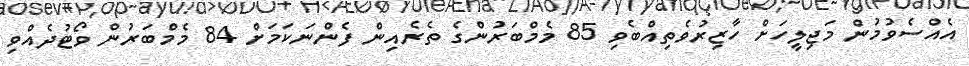
އެއްސެވުމުން މަޖިލީހަށް ހާޒިރުވެތިއްބެވި 85 މެމްބަރުންގެ ތެރެއިން ފެންނަކަމަށް 84 މެމްބަރުން ވޯޓުދެއްވި